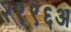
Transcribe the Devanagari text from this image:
२९९६अ